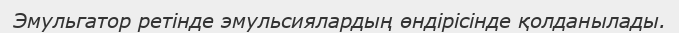
Эмульгатор ретінде эмульсиялардың өндірісінде қолданылады.